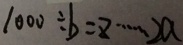
1 0 0 0 \div b = 8 \cdots 2 a